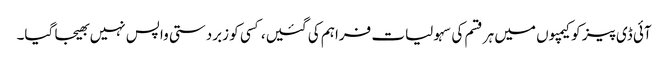
آئی ڈی پیز کو کیمپوں میں ہر قسم کی سہولیات فراہم کی گئیں، کسی کو زبردستی واپس نہیں بھیجا گیا۔